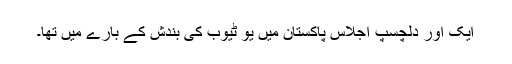
ایک اور دلچسپ اجلاس پاکستان میں یو ٹیوب کی بندش کے بارے میں تھا۔